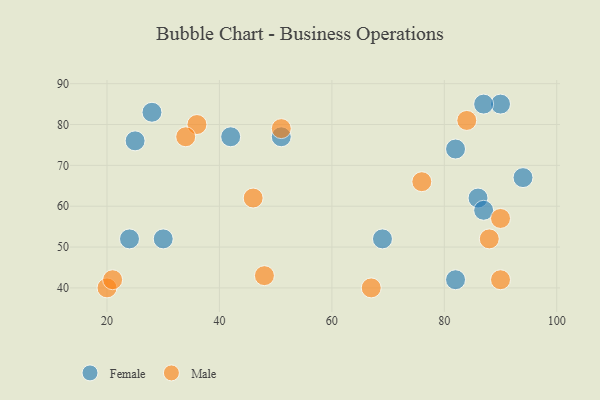
{"axis": {"x": "GDP", "y": "Life Expectancy"}, "legend": ["Female", "Male"], "data": [{"x": "90", "y": 85, "type": "Female"}, {"x": "87", "y": 85, "type": "Female"}, {"x": "42", "y": 77, "type": "Female"}, {"x": "51", "y": 77, "type": "Female"}, {"x": "94", "y": 67, "type": "Female"}, {"x": "24", "y": 52, "type": "Female"}, {"x": "30", "y": 52, "type": "Female"}, {"x": "82", "y": 74, "type": "Female"}, {"x": "25", "y": 76, "type": "Female"}, {"x": "82", "y": 42, "type": "Female"}, {"x": "86", "y": 62, "type": "Female"}, {"x": "69", "y": 52, "type": "Female"}, {"x": "28", "y": 83, "type": "Female"}, {"x": "87", "y": 59, "type": "Female"}, {"x": "90", "y": 42, "type": "Male"}, {"x": "51", "y": 79, "type": "Male"}, {"x": "36", "y": 80, "type": "Male"}, {"x": "20", "y": 40, "type": "Male"}, {"x": "46", "y": 62, "type": "Male"}, {"x": "67", "y": 40, "type": "Male"}, {"x": "88", "y": 52, "type": "Male"}, {"x": "90", "y": 57, "type": "Male"}, {"x": "48", "y": 43, "type": "Male"}, {"x": "21", "y": 42, "type": "Male"}, {"x": "76", "y": 66, "type": "Male"}, {"x": "84", "y": 81, "type": "Male"}, {"x": "34", "y": 77, "type": "Male"}]}